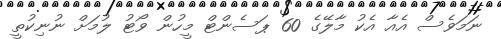
ނަމަވެސް އެއާ އެކު މާލޭގެ 60 ޕަސެންޓް މީހުން ވޯޓު ލުމަށް ނުނިކުތީ